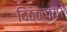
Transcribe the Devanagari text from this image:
दिठ्ठवाय।